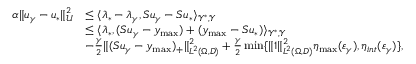
\begin{array} { r l } { \alpha \| u _ { \gamma } - u _ { * } \| _ { \mathcal { U } } ^ { 2 } } & { \le \langle \lambda _ { * } - \lambda _ { \gamma } , S u _ { \gamma } - S u _ { * } \rangle _ { \mathcal { Y } ^ { * } , \mathcal { Y } } } \\ & { \le \langle \lambda _ { * } , ( S u _ { \gamma } - y _ { \operatorname* { m a x } } ) + ( y _ { \operatorname* { m a x } } - S u _ { * } ) \rangle _ { \mathcal { Y } ^ { * } , \mathcal { Y } } } \\ & { - \frac { \gamma } { 2 } \| ( S u _ { \gamma } - y _ { \operatorname* { m a x } } ) _ { + } \| _ { L ^ { 2 } ( \Omega , D ) } ^ { 2 } + \frac { \gamma } { 2 } \operatorname* { m i n } \{ \| 1 \| _ { L ^ { 2 } ( \Omega , D ) } ^ { 2 } \eta _ { \operatorname* { m a x } } ( \varepsilon _ { \gamma } ) , \eta _ { i n t } ( \varepsilon _ { \gamma } ) \} , } \end{array}